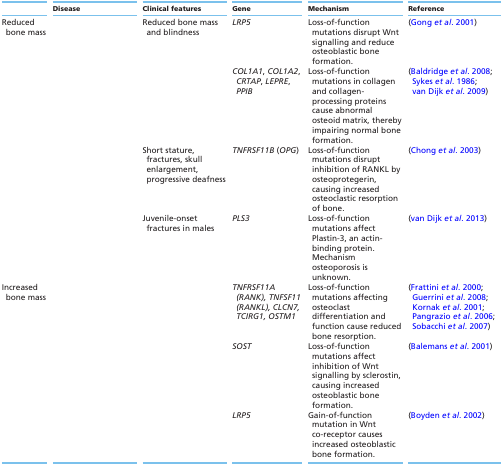
<table><thead><tr><td>[EMPTY_CELL]</td><td><b>Disease</b></td><td><b>Clinical features</b></td><td><b>Gene</b></td><td><b>Mechanism</b></td><td><b>Reference</b></td></tr></thead><tbody><tr><td>Reduced bone mass</td><td>[EMPTY_CELL]</td><td>Reduced bone mass and blindness</td><td><i>LRP5</i></td><td>Loss-of-function mutations disrupt Wnt signalling and reduce osteoblastic bone formation.</td><td>(Gong <i>et al</i>. 2001)</td></tr><tr><td>[EMPTY_CELL]</td><td>[EMPTY_CELL]</td><td>[EMPTY_CELL]</td><td><i>COL1A1</i>, <i>COL1A2</i>, <i>CRTAP</i>, <i>LEPRE</i>, <i>PPIB</i></td><td>Loss-of-function mutations in collagen and collagen- processing proteins cause abnormal osteoid matrix, thereby impairing normal bone formation.</td><td>(Baldridge <i>et al</i>. 2008; Sykes <i>et al</i>. 1986; van Dijk <i>et al</i>. 2009)</td></tr><tr><td>[EMPTY_CELL]</td><td>[EMPTY_CELL]</td><td>Short stature, fractures, skull enlargement, progressive deafness</td><td><i>TNFRSF11B</i> (<i>OPG</i>)</td><td>Loss-of-function mutations disrupt inhibition of RANKL by osteoprotegerin, causing increased osteoclastic resorption of bone.</td><td>(Chong <i>et al</i>. 2003)</td></tr><tr><td>[EMPTY_CELL]</td><td>[EMPTY_CELL]</td><td>Juvenile-onset fractures in males</td><td><i>PLS3</i></td><td>Loss-of-function mutations affect Plastin-3, an actin-binding protein. Mechanism osteoporosis is unknown.</td><td>(van Dijk <i>et al</i>. 2013)</td></tr><tr><td>Increased bone mass</td><td>[EMPTY_CELL]</td><td>[EMPTY_CELL]</td><td><i>TNFRSF11A (RANK), TNFSF11 (RANKL), CLCN7, TCIRG1, OSTM1</i></td><td>Loss-of-function mutations affecting osteoclast differentiation and function cause reduced bone resorption.</td><td>(Frattini <i>et al</i>. 2000; Guerrini <i>et al</i>. 2008; Kornak <i>et al</i>. 2001; Pangrazio <i>et al</i>. 2006; Sobacchi <i>et al</i>. 2007)</td></tr><tr><td>[EMPTY_CELL]</td><td>[EMPTY_CELL]</td><td>[EMPTY_CELL]</td><td><i>SOST</i></td><td>Loss-of-function mutations affect inhibition of Wnt signalling by sclerostin, causing increased osteoblastic bone formation.</td><td>(Balemans <i>et al</i>. 2001)</td></tr><tr><td>[EMPTY_CELL]</td><td>[EMPTY_CELL]</td><td>[EMPTY_CELL]</td><td><i>LRP5</i></td><td>Gain-of-function mutation in Wnt co-receptor causes increased osteoblastic bone formation.</td><td>(Boyden <i>et al</i>. 2002)</td></tr></tbody></table>